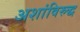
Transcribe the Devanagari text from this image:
अशांविरुद्ध